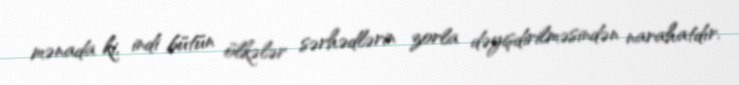
mənada ki, indi bütün ölkələr sərhədlərin zorla dəyişdirilməsindən narahatdır.